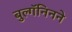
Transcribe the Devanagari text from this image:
बुल्गॅनिनने